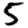
Digit: 5